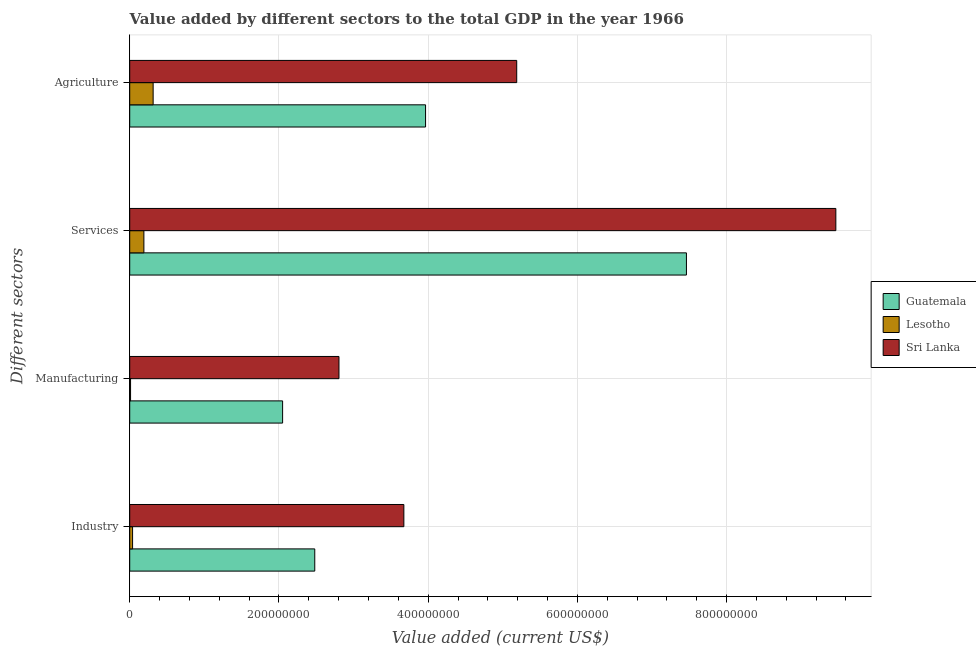
| Different sectors | Guatemala | Lesotho | Sri Lanka |
 | --- | --- | --- | --- |
 | Industry | 2.48e+08 | 3.81e+06 | 3.67e+08 |
 | Manufacturing | 2.05e+08 | 1.12e+06 | 2.8e+08 |
 | Services | 7.46e+08 | 1.9e+07 | 9.46e+08 |
 | Agriculture | 3.97e+08 | 3.14e+07 | 5.19e+08 |